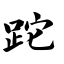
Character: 跎